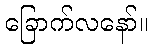
ခြောက်လနော်။